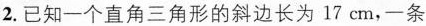
2.已知一个直角三角形的斜边长为17cm，一条